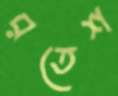
রতেশ